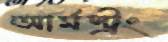
আর্মস্ট্রং